65_HS1-834228961_62-HQ-83894_Section_10
Agency: FBI
Page 34
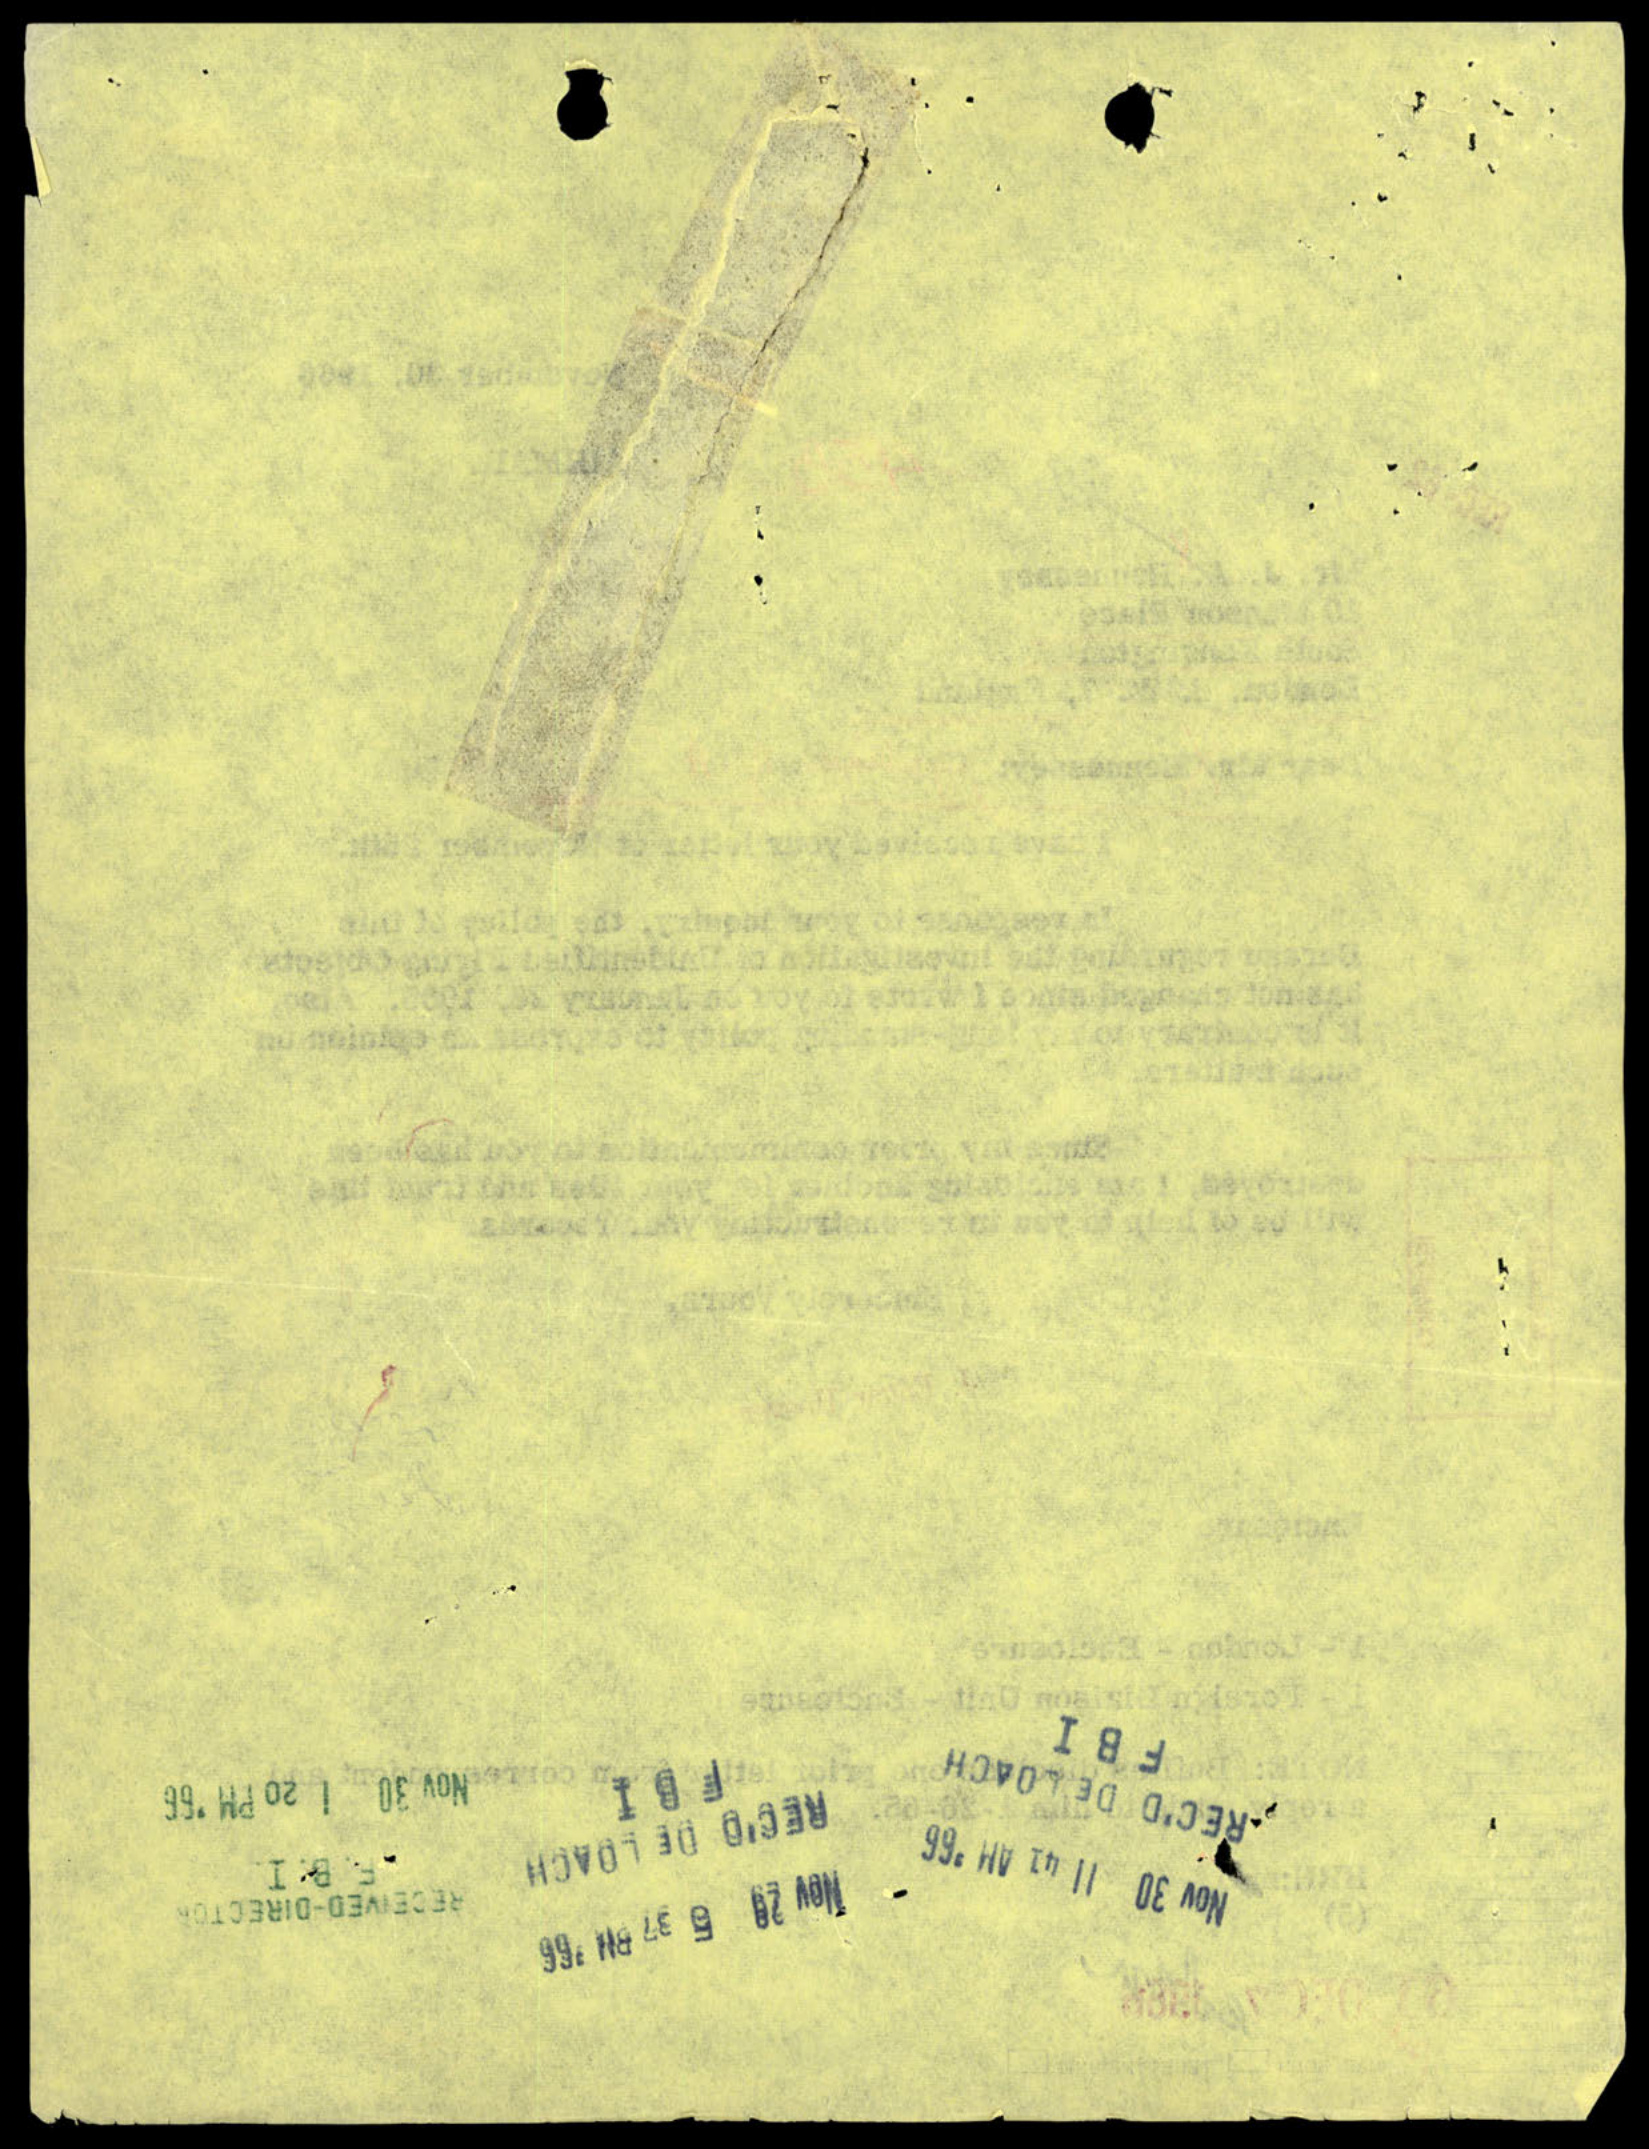